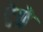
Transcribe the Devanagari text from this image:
टेपे